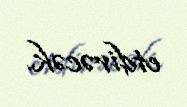
etdirəcək.